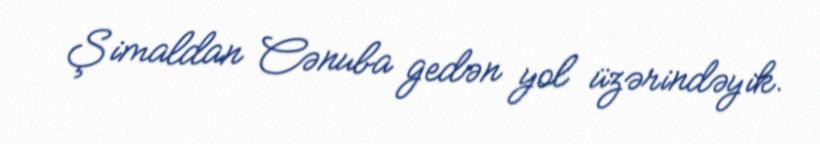
Şimaldan Cənuba gedən yol üzərindəyik.